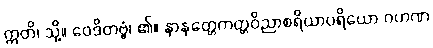
ဣတိ၊ သို့။ ဝေဒိတဗ္ဗံ၊ ၏။ နာနတ္တေကတ္တဝိညာစရိယာပရိယော ဂဟဏ